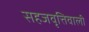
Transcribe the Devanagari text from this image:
सहजवृत्तिवाली